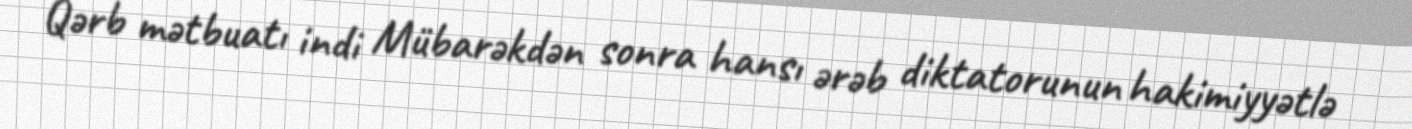
Qərb mətbuatı indi Mübarəkdən sonra hansı ərəb diktatorunun hakimiyyətlə